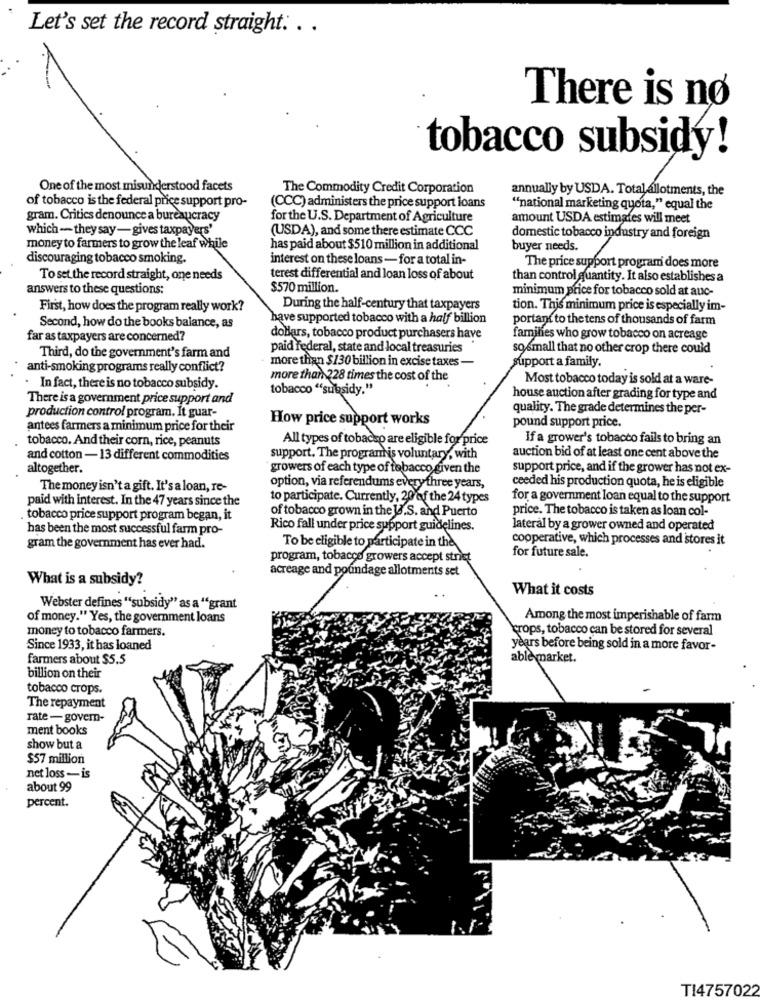
Let's set the record straight. . .
There is nø
tobacco subsidy!
One of the most misunderstood facets
The Commodity Credit Corporation
annually by USDA. Total allotments, the
of tobacco is the federal price support pro-
(CCC) administers the price support loans
"national marketing quota," equal the
gram. Critics denounce a bureaucracy
for the U.S. Department of Agriculture
amount USDA estimates will meet
which -- they say- gives taxpayers'
(USDA), and some there estimate CCC
domestic tobacco industry and foreign
money to farmers to grow the leaf while
has paid about $510 million in additional
buyer needs.
discouraging tobacco smoking.
interest on these loans - for a total in-
The price support program does more
To set the record straight, one needs
terest differential and loan loss of about
than control quantity. It also establishes a
answers to these questions:
$570 million.
minimum price for tobacco sold at auc-
First, how does the program really work?
During the half-century that taxpayers
tion. This minimum price is especially im-
have supported tobacco with a half billion
portant to the tens of thousands of farm
Second, how do the books balance, as
far as taxpayers are concerned?
dollars, tobacco product purchasers have
families who grow tobacco on acreage
paid Federal, state and local treasuries
so small that no other crop there could
Third, do the government's farm and
more than $130 billion in excise taxes -
support a family.
anti-smoking programs really conflict?
more than 228 times the cost of the
Most tobacco today is sold at a ware-
In fact, there is no tobacco subsidy.
tobacco "subsidy."
There is a government price support and
house auction after grading for type and
production control program. It guar-
quality. The grade determines the per-
How price support works
pound support price.
antees farmers a minimum price for their
tobacco. And their corn, rice, peanuts
All types of tobacap are eligible for price
If a grower's tobacco fails to bring an
and cotton - 13 different commodities
support. The program is voluntary, with
auction bid of at least one cent above the
altogether.
growers of each type of tobacco given the
support price, and if the grower has not ex-
ceeded his production quota, he is eligible
The money isn't a gift. It's a loan, re-
option, via referendums every three years,
paid with interest. In the 47 years since the
to participate. Currently, 20 of the 24 types
for a government loan equal to the support
of tobacco grown in the Id.S. and Puerto
price. The tobacco is taken as loan col-
tobacco price support program began, it
has been the most successful farm pro-
Rico fall under price support guidelines.
lateral by a grower owned and operated
cooperative, which processes and stores it
gram the government has ever had.
To be eligible to participate in the
program, tobacco growers accept strict
for future sale.
acreage and poundage allotments set
What is a subsidy?
What it costs
Webster defines ""subsidy" as a 'grant
of money." Yes, the government loans
Among the most imperishable of farm
money to tobacco farmers.
crops, tobacco can be stored for several
Since 1933, it has loaned
years before being sold in a more favor-
farmers about $5,5
able market.
billion on their
tobacco crops.
The repayment
rate-govern-
ment books
show but a
$57 million
net loss -is
about 99
percent.
TI4757022